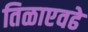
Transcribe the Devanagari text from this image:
तिळाएवढे